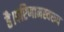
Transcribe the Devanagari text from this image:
है।परिणामस्वरूप